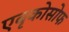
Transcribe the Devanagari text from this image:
एबृकोसोफ